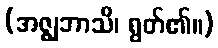
(အဇ္ဈဘာသိ၊ ရွတ်၏။)